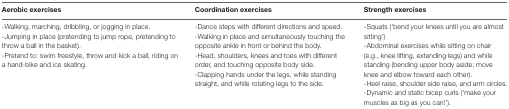
<table><thead><tr><td><b>Aerobic exercises</b></td><td><b>Coordination exercises</b></td><td><b>Strength exercises</b></td></tr></thead><tbody><tr><td>-Walking, marching, dribbling, or jogging in place.-Jumping in place (pretending to jump rope, pretending to throw a ball in the basket).-Pretend to: swim freestyle, throw and kick a ball, riding on a hand-bike and ice skating.</td><td>-Dance steps with different directions and speed.-Walking in place and simultaneously touching the opposite ankle in front or behind the body.-Head, shoulders, knees and toes with different order, and touching opposite body side.-Clapping hands under the legs, while standing straight, and while rotating legs to the side.</td><td>-Squats (‘bend your knees until you are almost sitting’)-Abdominal exercises while sitting on chair (e.g., knee lifting, extending legs) and while standing (bending upper body aside; move knee and elbow toward each other).-Heel raise, shoulder side raise, and arm circles.-Dynamic and static bicep curls (‘make your muscles as big as you can!’).</td></tr></tbody></table>